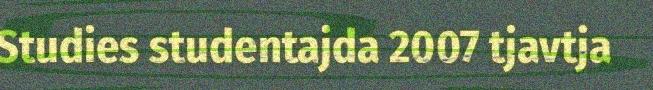
Studies studentajda 2007 tjavtja